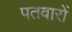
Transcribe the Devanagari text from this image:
पतवारों